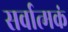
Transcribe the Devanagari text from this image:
सर्वात्मकं